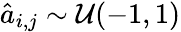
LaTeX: \hat{a}_{i,j}\sim\mathcal{U}(-1,1)